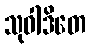
သုဝါဒိတေ